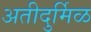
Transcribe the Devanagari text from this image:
अतीदुर्मिळ